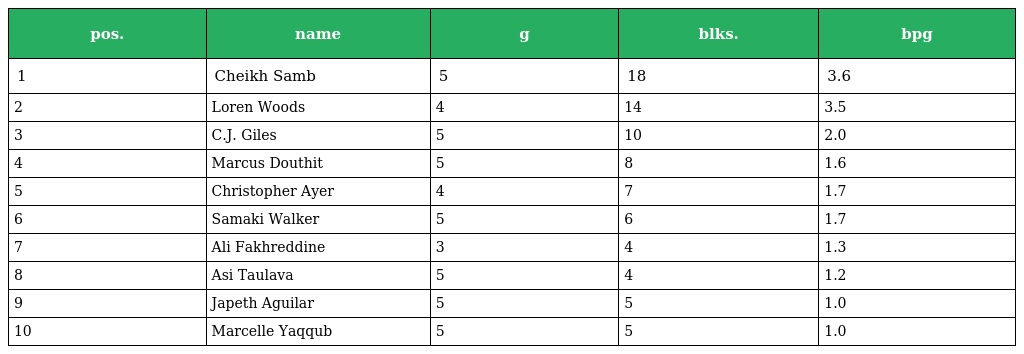
| pos. | name | g | blks. | bpg |
 | --- | --- | --- | --- | --- |
 | 1 | Cheikh Samb | 5 | 18 | 3.6 |
 | 2 | Loren Woods | 4 | 14 | 3.5 |
 | 3 | C.J. Giles | 5 | 10 | 2.0 |
 | 4 | Marcus Douthit | 5 | 8 | 1.6 |
 | 5 | Christopher Ayer | 4 | 7 | 1.7 |
 | 6 | Samaki Walker | 5 | 6 | 1.7 |
 | 7 | Ali Fakhreddine | 3 | 4 | 1.3 |
 | 8 | Asi Taulava | 5 | 4 | 1.2 |
 | 9 | Japeth Aguilar | 5 | 5 | 1.0 |
 | 10 | Marcelle Yaqqub | 5 | 5 | 1.0 |